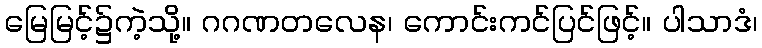
မြေမြင့်၌ကဲ့သို့။ ဂဂဏတလေန၊ ကောင်းကင်ပြင်ဖြင့်။ ပါသာဒံ၊